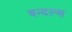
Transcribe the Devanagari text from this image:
वन्दल्स